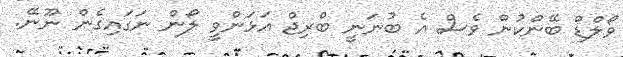
ވޯލްޑް ބޭންކުން ވެސް އެ ބުނަނީ ބްރިޖް އަޅަންވީ ލޯން ނަގައިގެން ނޫނޭ.